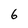
Character: 6